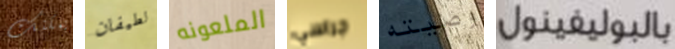
يمكنك لطيفان الملعونه جراسي وصيته بالبوليفينول